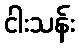
ငါးသန်း